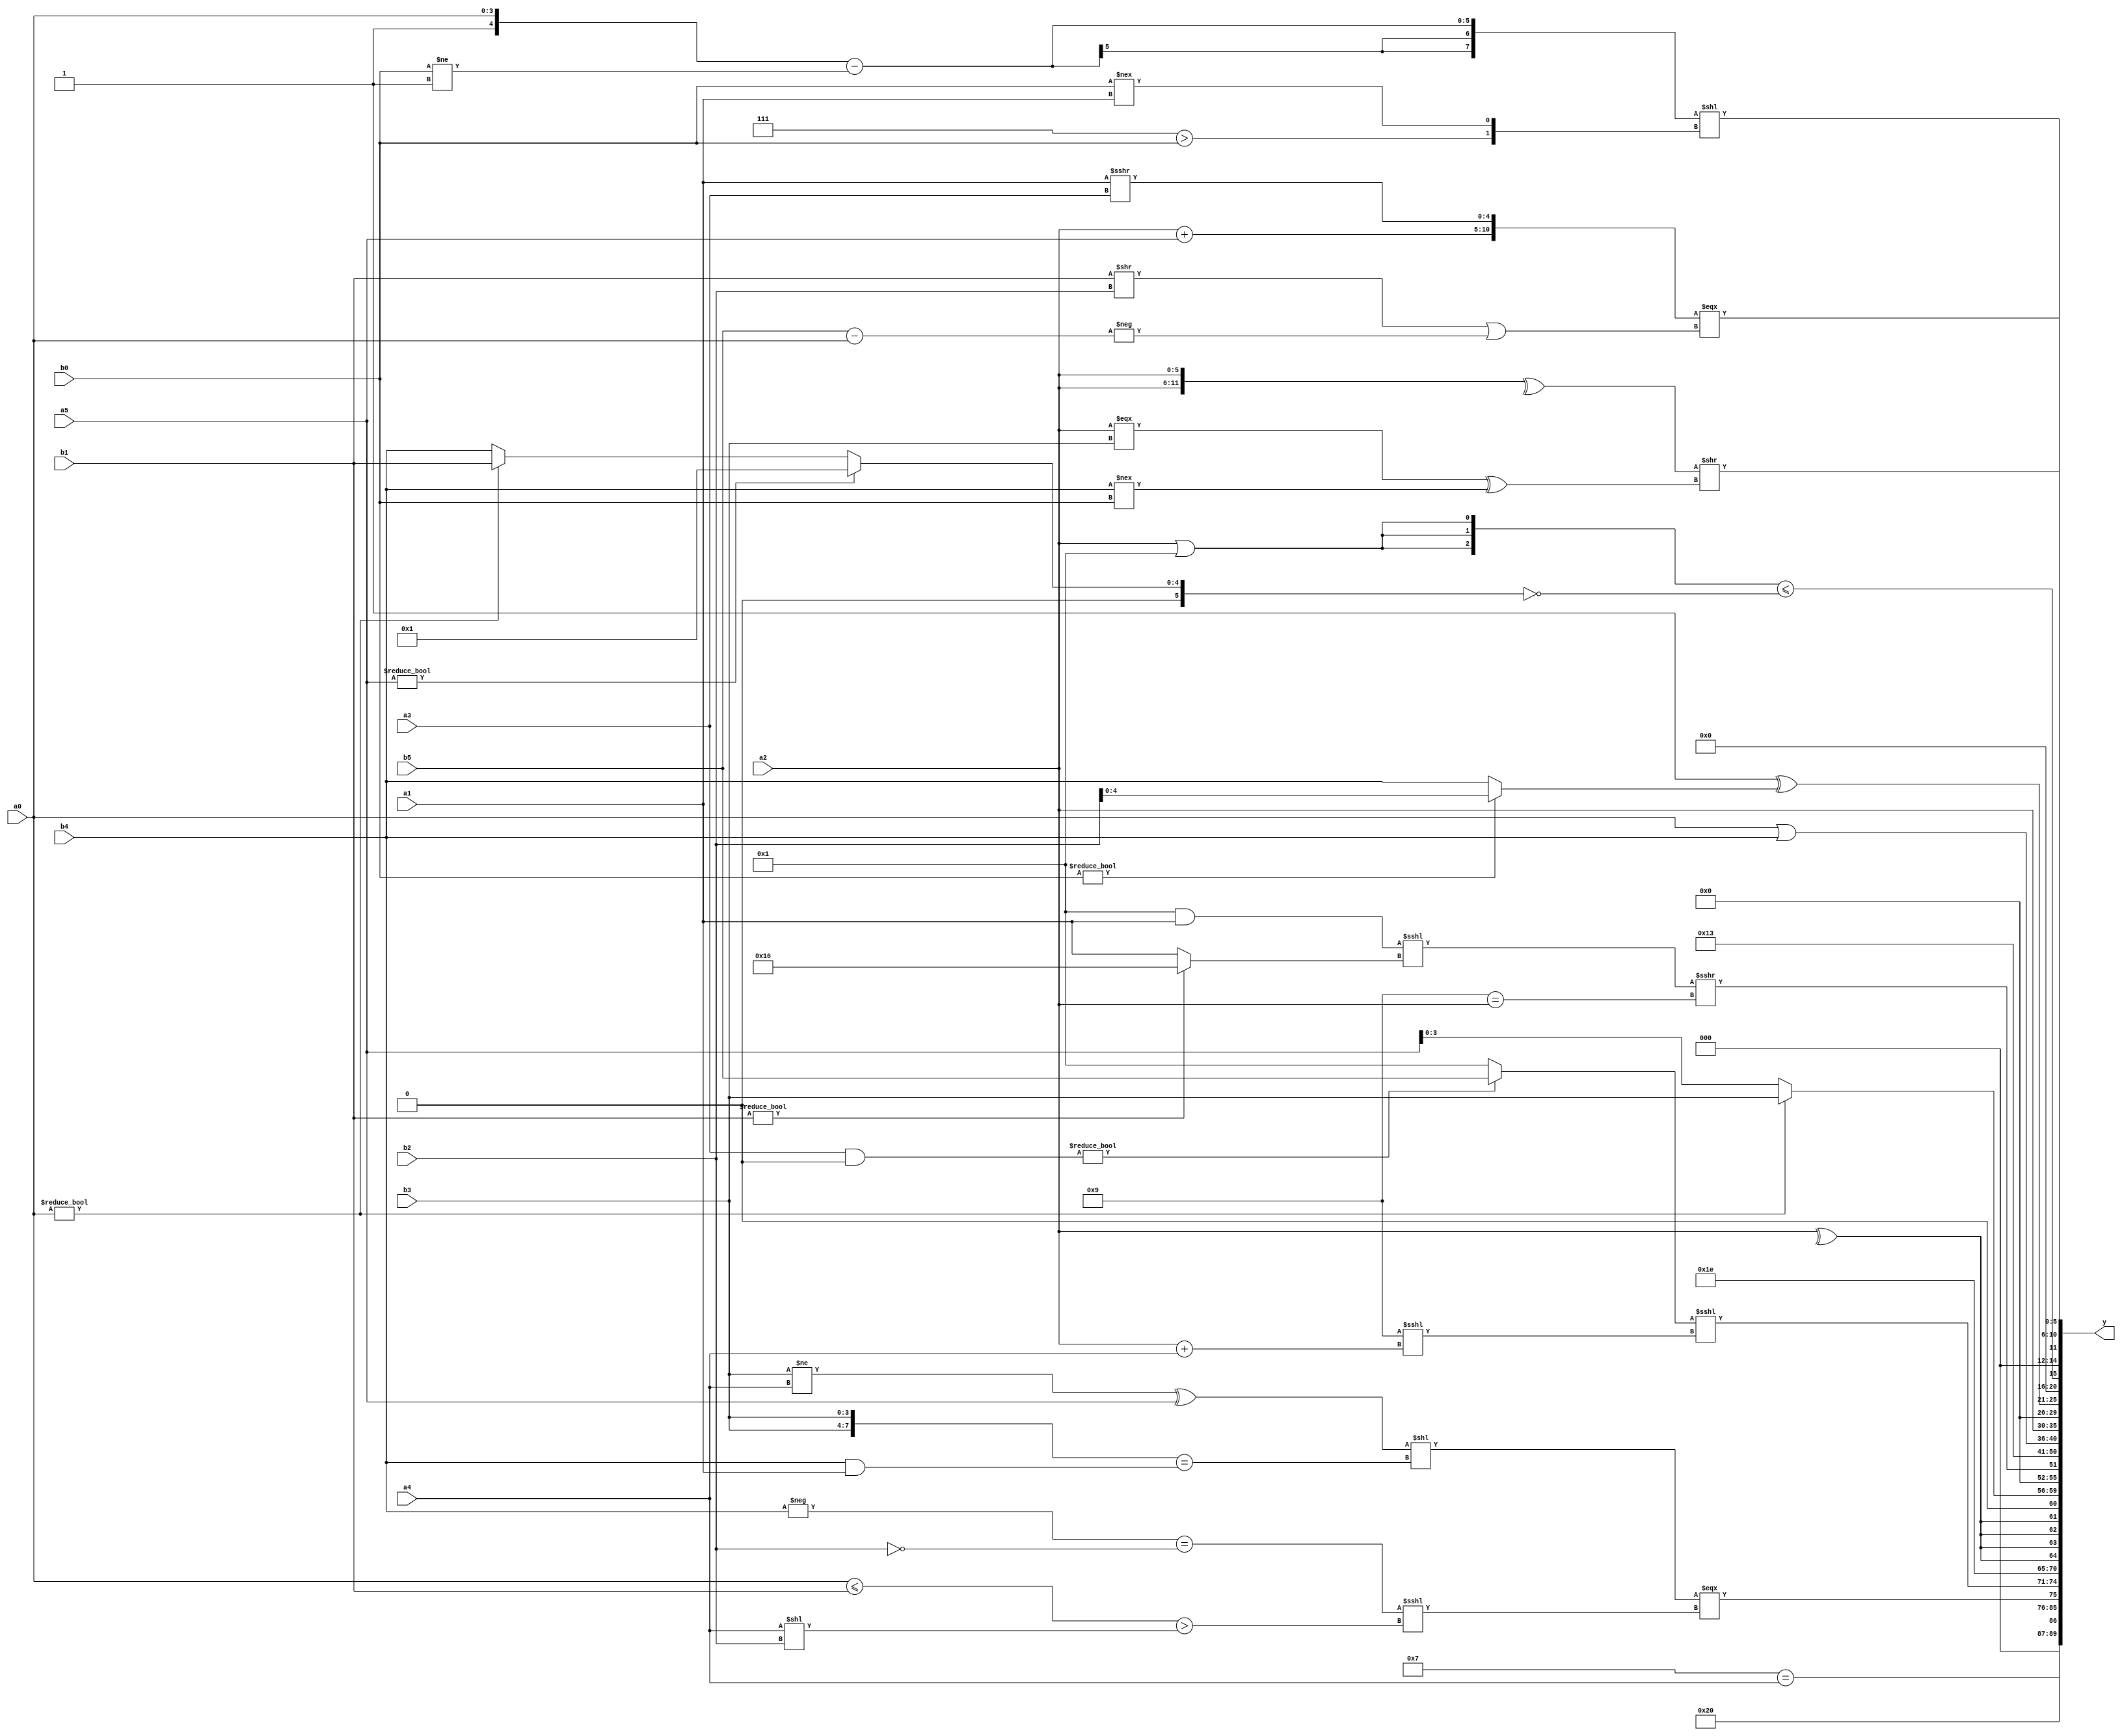
module expression_00572(a0, a1, a2, a3, a4, a5, b0, b1, b2, b3, b4, b5, y);
  input [3:0] a0;
  input [4:0] a1;
  input [5:0] a2;
  input signed [3:0] a3;
  input signed [4:0] a4;
  input signed [5:0] a5;

  input [3:0] b0;
  input [4:0] b1;
  input [5:0] b2;
  input signed [3:0] b3;
  input signed [4:0] b4;
  input signed [5:0] b5;

  wire [3:0] y0;
  wire [4:0] y1;
  wire [5:0] y2;
  wire signed [3:0] y3;
  wire signed [4:0] y4;
  wire signed [5:0] y5;
  wire [3:0] y6;
  wire [4:0] y7;
  wire [5:0] y8;
  wire signed [3:0] y9;
  wire signed [4:0] y10;
  wire signed [5:0] y11;
  wire [3:0] y12;
  wire [4:0] y13;
  wire [5:0] y14;
  wire signed [3:0] y15;
  wire signed [4:0] y16;
  wire signed [5:0] y17;

  output [89:0] y;
  assign y = {y0,y1,y2,y3,y4,y5,y6,y7,y8,y9,y10,y11,y12,y13,y14,y15,y16,y17};

  localparam [3:0] p0 = (-(~^{{(3'sd3),(2'd1),(5'd21)},((-3'sd2)?(-4'sd5):(-5'sd1))}));
  localparam [4:0] p1 = (4'd9);
  localparam [5:0] p2 = (((3'sd0)?((5'd26)>(3'd2)):((4'd5)?(2'd0):(-3'sd1)))>>(((-5'sd3)!=(-4'sd3))?(3'sd1):(2'd3)));
  localparam signed [3:0] p3 = (4'd13);
  localparam signed [4:0] p4 = (((|(4'sd2))*(5'sd14))^(4'sd2));
  localparam signed [5:0] p5 = {3{(-(!(3'd0)))}};
  localparam [3:0] p6 = (|(-(!(^(~^(~&(((-3'sd2)*(-2'sd0))>((5'sd11)*(-4'sd7)))))))));
  localparam [4:0] p7 = (((^(4'd11))!==((-3'sd0)&&(4'd13)))!=(~&(|{3{(5'd25)}})));
  localparam [5:0] p8 = ({1{{4{(4'sd6)}}}}<(-2'sd1));
  localparam signed [3:0] p9 = (((2'd3)+(2'd0))>=((5'sd6)<(4'sd0)));
  localparam signed [4:0] p10 = {(4'd1),(-5'sd10)};
  localparam signed [5:0] p11 = (4'sd4);
  localparam [3:0] p12 = {4{(4'd9)}};
  localparam [4:0] p13 = (&{1{{{4{((5'sd6)-(-3'sd1))}}}}});
  localparam [5:0] p14 = ((((2'sd1)^~(5'sd12))<=((4'sd1)?(-4'sd4):(-2'sd1)))>>(((3'sd1)===(5'sd9))>{(3'sd0)}));
  localparam signed [3:0] p15 = ((((-5'sd3)?(2'sd1):(2'd1))?((5'sd10)-(-2'sd0)):((-2'sd1)||(-2'sd1)))?(((4'sd0)>(-3'sd1))?((5'd22)>>(4'd1)):((-3'sd1)+(5'sd8))):(((2'sd0)<<<(2'd2))<=((-4'sd4)?(3'd3):(2'sd1))));
  localparam signed [4:0] p16 = {(5'sd13),(4'd13)};
  localparam signed [5:0] p17 = {{((4'd13)?(5'sd2):(2'd2)),{4{(-5'sd0)}}},({1{(2'sd1)}}?(|(2'd3)):((3'd3)?(4'sd3):(-3'sd1)))};

  assign y0 = (p5==a4);
  assign y1 = (~^((~&(~(~|(~^(2'd3)))))^~((p2<p14)>=(p4==p0))));
  assign y2 = ((((b3!=a4)^{1{a5}})<<(^({2{b3}}==(b4&a1))))===({1{((-b4)==(~b2))}}<<<((a0<=b1)>(a4<<b2))));
  assign y3 = (((a3&p6)?(b5>>>p2):$signed(p14))<<<((p7?p12:p0)<<<$signed((a2+a4))));
  assign y4 = ($unsigned($signed({2{(p17?p0:p2)}})));
  assign y5 = ({4{(^a2)}}<<<(!(+(&{4{p9}}))));
  assign y6 = {3{{1{(a0?b3:a5)}}}};
  assign y7 = $unsigned((((p8&&a1)<<<(b1?p10:a1))>>>(+((~^p13)?(p1==a2):(-a4)))));
  assign y8 = (p12?p7:a3);
  assign y9 = (5'd3);
  assign y10 = (a0|b4);
  assign y11 = (($unsigned(a2)<<(b5<<p12)));
  assign y12 = (-2'sd0);
  assign y13 = ((2'd1)^(b0?b2:b4));
  assign y14 = ({3{(a2||p14)}}<=(!((a5<<<p6)?$signed(p8):(a0?b1:b4))));
  assign y15 = ({{(a2+a5),(a1>>>a3)}}===((b1>>b2)||(-(b5-a0))));
  assign y16 = ($unsigned((^{2{a2}}))>>{1{((a2===b3)^(b4!==b0))}});
  assign y17 = (({p9,a0}-(b0!=p9))<<{(p5>b0),(b0!==a1)});
endmodule